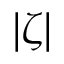
| \zeta |